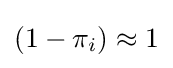
(1-\pi _{i})\approx 1